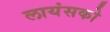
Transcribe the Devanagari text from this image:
लायंसको